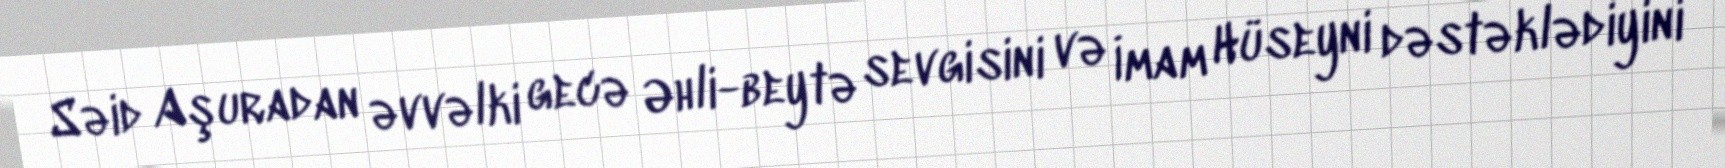
Səid Aşuradan əvvəlki gecə Əhli-beytə sevgisini və İmam Hüseyni dəstəklədiyini